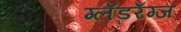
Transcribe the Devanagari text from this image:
ग्लॅडरॅग्ज